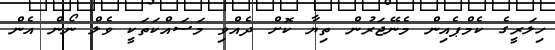
ހިލަރީގެ ކެމްޕެއިން މެނޭޖަރުން ތިޔާ ކޮށް ދެއްވި މަސައްކަތަކީ ވެލް ނޯން އެން